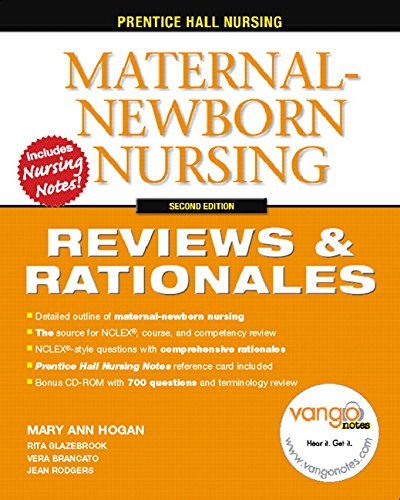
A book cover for Prentice-Hall Nursing Reviews & Rationals: Maternal-Newborn Nursing, 2nd Edition; Medical Books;